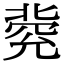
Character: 𠤥